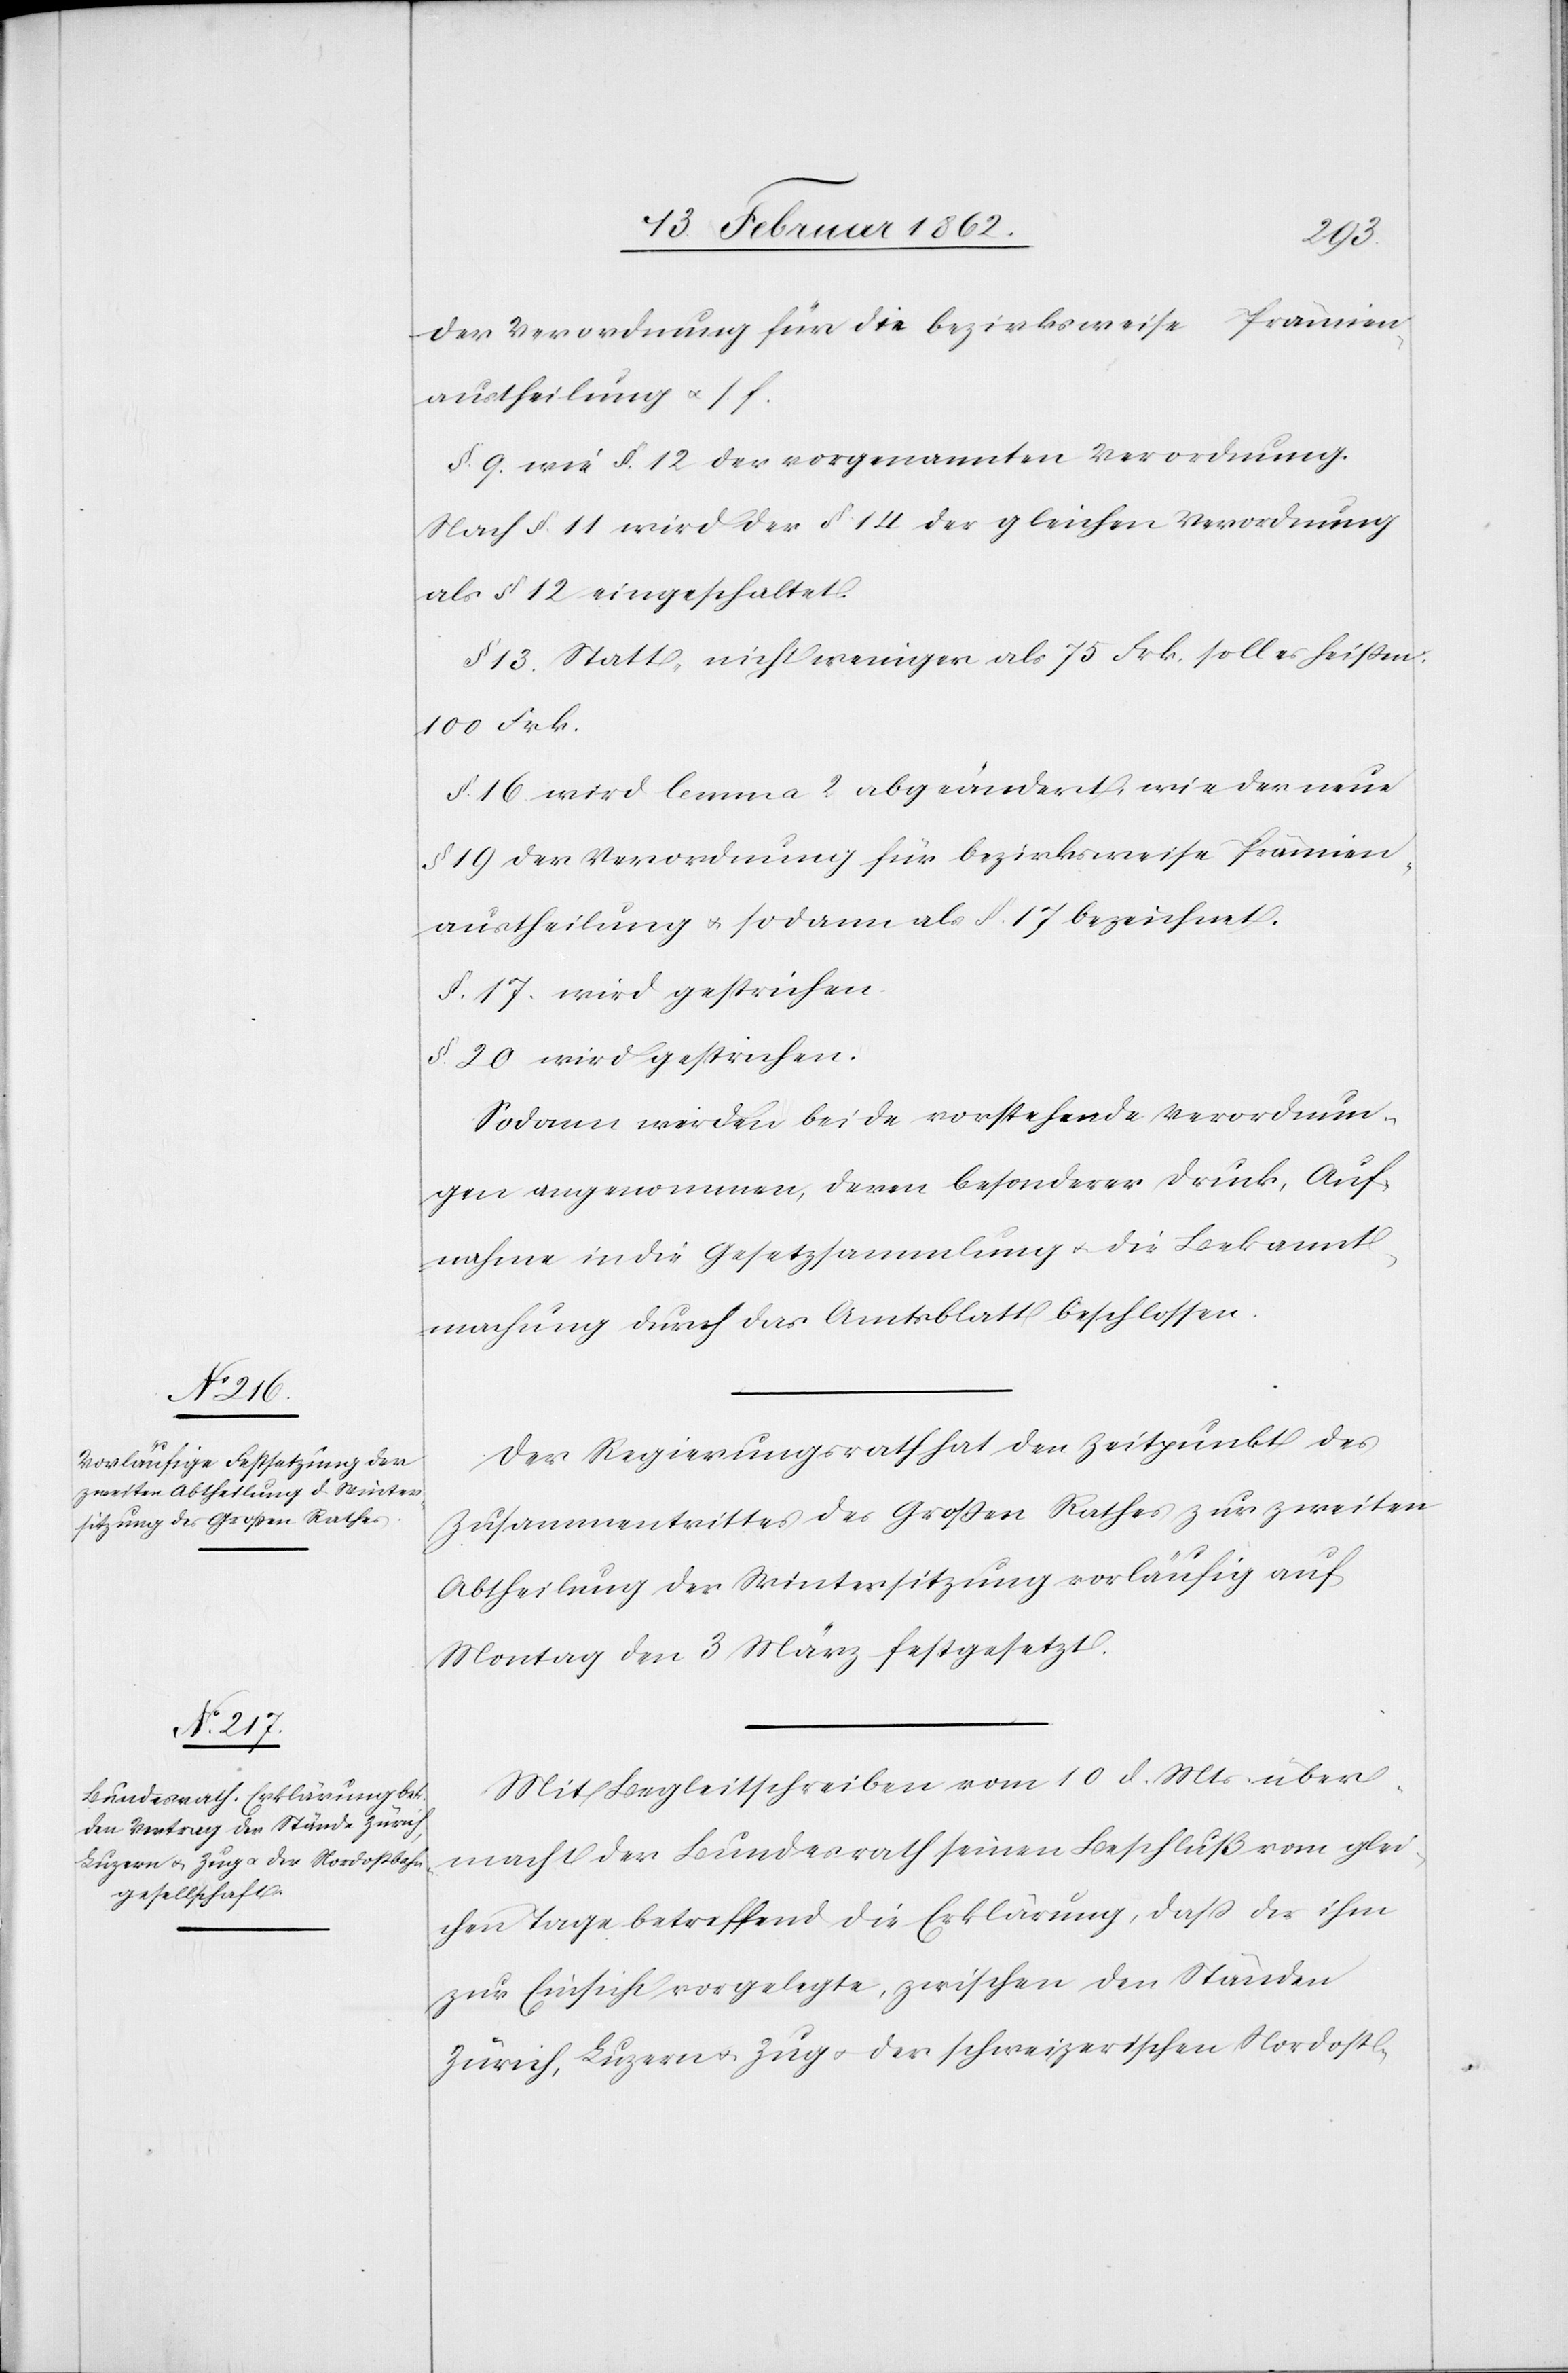
der Verordnung für die bezirksweise Prämien¬
austheilung u. s. f.
§. 9. wie §. 12 der vorgenannten Verordnung.
Nach §. 11 wird der § 14 der gleichen Verordnung
als § 12 eingeschaltet.
§ 13. Statt „nicht weniger als 75 Frk.“ soll es heißen:
100 Frk.
§. 16 wird lemma 2 abgeändert, wie der neue
§ 19 der Verordnung für bezirksweise Prämien¬
austheilung u. sodann als §. 17 bezeichnet.
§. 17. wird gestrichen.
§. 20 wird gestrichen.
Sodann werden beide vorstehenden Verordnun¬
gen angenommen, deren besonderer Druck, Auf¬
nahme in die Gesetzsammlung u. die Bekannt¬
machung durch das Amtsblatt beschlossen.
Der Regierungsrath hat den Zeitpunkt des
Zusammentrittes des Großen Rathes zur zweiten
Abtheilung der Wintersitzung vorläufig auf
Montag den 3 März festgesetzt.
Mit Begleitschreiben vom 10 d. Mts über¬
macht der Bundesrath seinen Beschluß vom glei¬
chen Tage betreffend die Erklärung, daß der ihm
zur Einsicht vorgelegte, zwischen den Ständen
Zürich, Luzern u. Zug u. der schweizerischen Nordost-